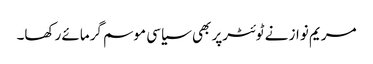
مریم نواز نے ٹوئٹرپر بھی سیاسی موسم گرمائے رکھا۔